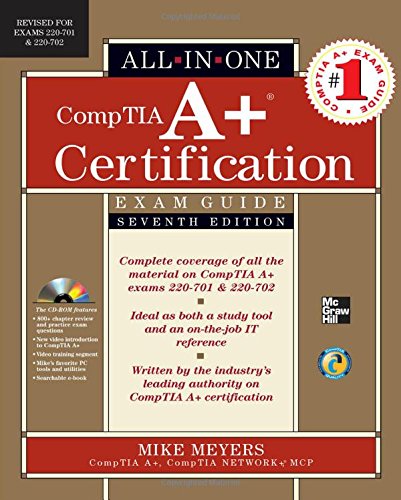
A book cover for CompTIA A+ Certification All-in-One Exam Guide, Seventh Edition (Exams 220-701 & 220-702); Michael Meyers; Computers & Technology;